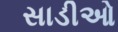
સાડીઓ